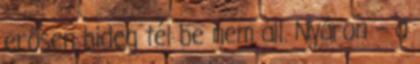
erősen hideg tél be nem áll. Nyáron – a